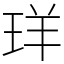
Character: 珜